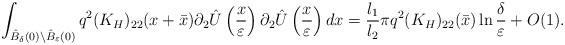
\begin{align*}\int_{\hat{B}_{\delta}(0)\setminus\hat{B}_{\varepsilon}(0)}q^2(K_{H})_{22}(x+\bar{x})\partial_2 \hat{U}\left( \frac{x}{\varepsilon}\right) \partial_2\hat{U}\left( \frac{x}{\varepsilon}\right) dx=\frac{l_1}{l_2}\pi q^2(K_{H})_{22}(\bar{x})\ln\frac{\delta}{\varepsilon}+O(1).\end{align*}